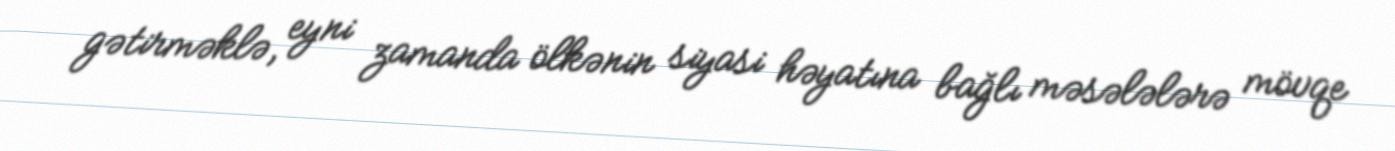
gətirməklə, eyni zamanda ölkənin siyasi həyatına bağlı məsələlərə mövqe